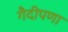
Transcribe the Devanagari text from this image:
गैदीपणा